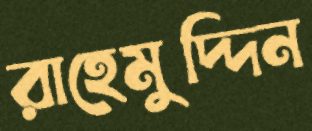
রাহেমুদ্দিন